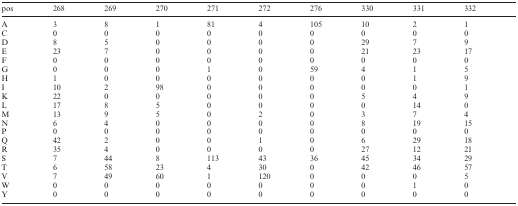
| pos | 268 | 269 | 270 | 271 | 272 | 276 | 330 | 331 | 332 |
 | --- | --- | --- | --- | --- | --- | --- | --- | --- | --- |
 | A | 3 | 8 | 1 | 81 | 4 | 105 | 10 | 2 | 1 |
 | C | 0 | 0 | 0 | 0 | 0 | 0 | 0 | 0 | 0 |
 | D | 8 | 5 | 0 | 0 | 0 | 0 | 29 | 7 | 9 |
 | E | 23 | 7 | 0 | 0 | 0 | 0 | 21 | 23 | 17 |
 | F | 0 | 0 | 0 | 0 | 0 | 0 | 0 | 0 | 0 |
 | G | 0 | 0 | 0 | 1 | 0 | 59 | 4 | 1 | 5 |
 | H | 1 | 0 | 0 | 0 | 0 | 0 | 0 | 1 | 9 |
 | I | 10 | 2 | 98 | 0 | 0 | 0 | 0 | 0 | 1 |
 | K | 22 | 0 | 0 | 0 | 0 | 0 | 5 | 4 | 9 |
 | L | 17 | 8 | 5 | 0 | 0 | 0 | 0 | 14 | 0 |
 | M | 13 | 9 | 5 | 0 | 2 | 0 | 3 | 7 | 4 |
 | N | 6 | 4 | 0 | 0 | 0 | 0 | 8 | 19 | 15 |
 | P | 0 | 0 | 0 | 0 | 0 | 0 | 0 | 0 | 0 |
 | Q | 42 | 2 | 0 | 0 | 1 | 0 | 6 | 29 | 18 |
 | R | 35 | 4 | 0 | 0 | 0 | 0 | 27 | 12 | 21 |
 | S | 7 | 44 | 8 | 113 | 43 | 36 | 45 | 34 | 29 |
 | T | 6 | 58 | 23 | 4 | 30 | 0 | 42 | 46 | 57 |
 | V | 7 | 49 | 60 | 1 | 120 | 0 | 0 | 0 | 5 |
 | W | 0 | 0 | 0 | 0 | 0 | 0 | 0 | 1 | 0 |
 | Y | 0 | 0 | 0 | 0 | 0 | 0 | 0 | 0 | 0 |